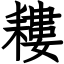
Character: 耬